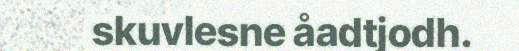
skuvlesne åadtjodh.